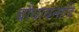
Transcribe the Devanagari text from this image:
बौधायनादि